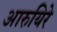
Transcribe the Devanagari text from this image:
आरुयिरे